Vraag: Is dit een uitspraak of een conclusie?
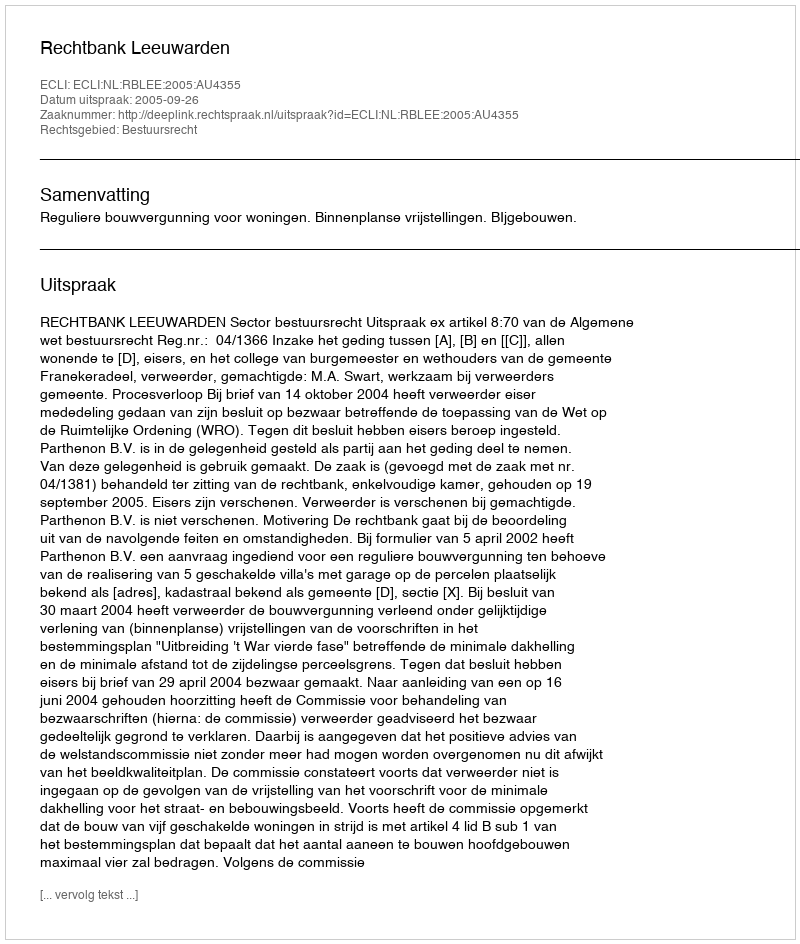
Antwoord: Uitspraak